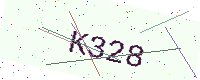
Text: K328